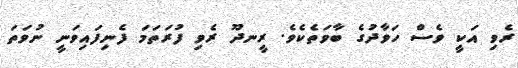
ރެވި އަކީ ވެސް ހަވާދުގެ ބާވަތެކެވެ. ރީނދޫ ރެވި ފުރަތަމަ ފެނިފައިވަނީ ނުވަތަ